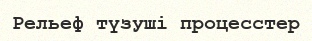
Рельеф түзуші процесстер